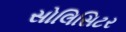
સોલિસિટર